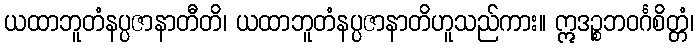
ယထာဘူတံနပ္ပဇာနာတီတိ၊ ယထာဘူတံနပ္ပဇာနာတိဟူသည်ကား။ ဣဒဉ္စဘဝင်္ဂစိတ္တံ၊